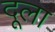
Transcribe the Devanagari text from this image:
दूला